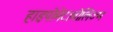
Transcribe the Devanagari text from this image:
हाइपोमेटाबोलिज्म